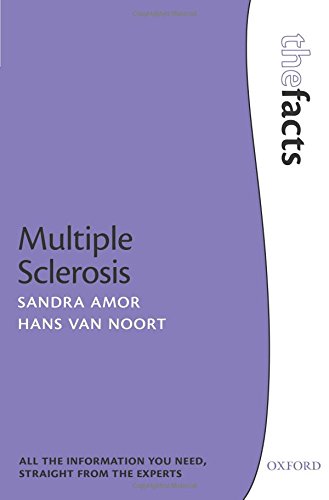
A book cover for Multiple Sclerosis (The Facts Series); Sandra Amor; Health, Fitness & Dieting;